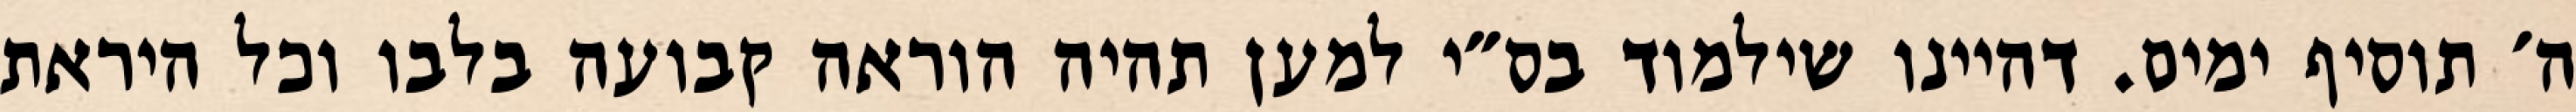
ה׳ תוסיף ימים. דהיינו שילמוד בס״י למען תהיה הוראה קבועה בלבו וכל היראת